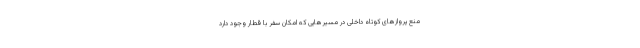
منع پروازهای کوتاه داخلی در مسیرهایی که امکان سفر با قطار وجود دارد